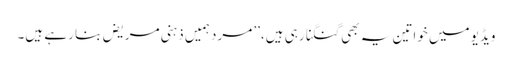
ویڈیو میں خواتین یہ بھی گنگنا رہی ہیں،’’ مرد ہمیں ذہنی مریض بنا رہے ہیں۔